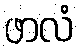
ဖာလံ